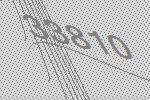
33810